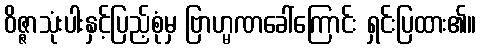
ဝိဇ္ဇာသုံးပါးနှင့်ပြည့်စုံမှ ဗြာဟ္မဏခေါ်ကြောင်း ရှင်းပြထား၏။